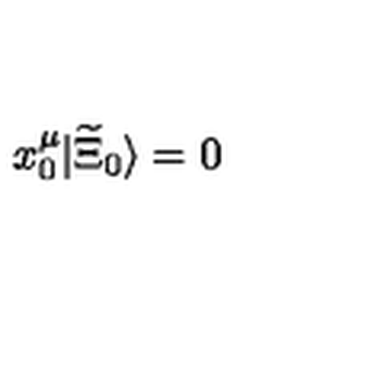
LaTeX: x _ { 0 } ^ { \mu } | \widetilde { \Xi } _ { 0 } \rangle = 0 \,